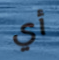
أي